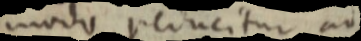
modo reducitur ad